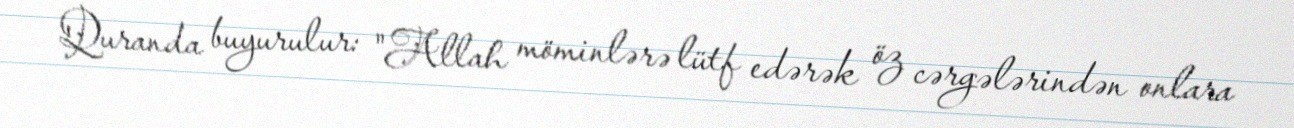
Quranda buyurulur: "Allah möminlərə lütf edərək öz cərgələrindən onlara